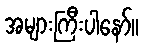
အများကြီးပါနော်။